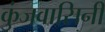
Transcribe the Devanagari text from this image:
कुंजवासिनी